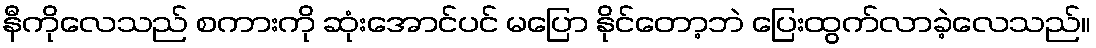
နီကိုလေသည် စကားကို ဆုံးအောင်ပင် မပြော နိုင်တော့ဘဲ ပြေးထွက်လာခဲ့လေသည်။